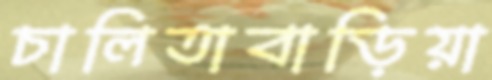
চালিতাবাড়িয়া